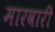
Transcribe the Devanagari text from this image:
मारवारी